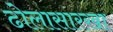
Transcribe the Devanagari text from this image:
ढोलासारखा